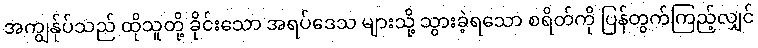
အကျွန်ုပ်သည် ထိုသူတို့ ခိုင်းသော အရပ်ဒေသ များသို့ သွားခဲ့ရသော စရိတ်ကို ပြန်တွက်ကြည့်လျှင်